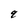
Character: q